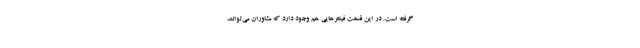
گرفته است. در این قسمت فیلترهایی هم وجود دارد که مشاوران می‌توانند